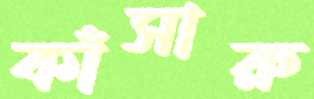
কাঁসারু